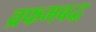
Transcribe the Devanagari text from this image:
व्रफमबद्ध